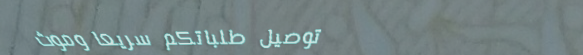
توصيل طلباتكم سريعًا وموث